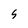
Character: 5